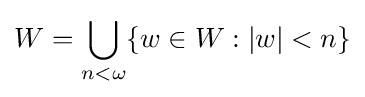
W=\bigcup _{n<\omega }\{w\in W:|w|<n\}